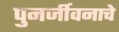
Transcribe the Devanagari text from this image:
पुनर्जीवनाचे